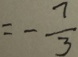
= - \frac { 7 } { 3 }